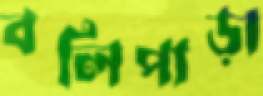
বলিপাড়া